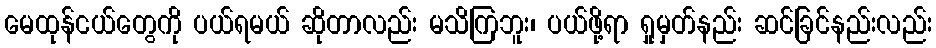
မေထုန်ငယ်တွေကို ပယ်ရမယ် ဆိုတာလည်း မသိကြဘူး၊ ပယ်ဖို့ရာ ရှုမှတ်နည်း ဆင်ခြင်နည်းလည်း